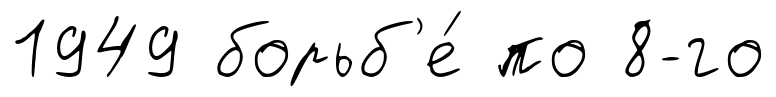
1949 борьб'е́ по 8-го